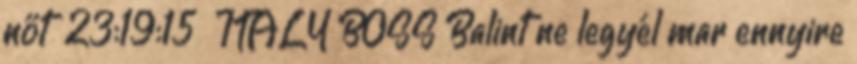
nőt 23:19:15 ITALY BOSS Balint ne legyél mar ennyire